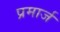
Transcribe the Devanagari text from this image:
प्रमार्ज